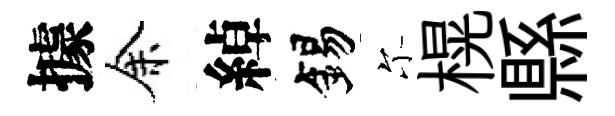
據余綽錫尓榥縣